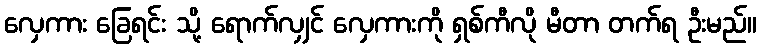
လှေကား ခြေရင်း သို့ ရောက်လျှင် လှေကားကို ရှစ်ကီလို မီတာ တက်ရ ဦးမည်။